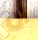
ان